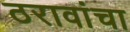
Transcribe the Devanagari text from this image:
ठरावांचा